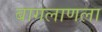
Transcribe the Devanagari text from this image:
बागलाणला